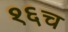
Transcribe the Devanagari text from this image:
१६च